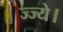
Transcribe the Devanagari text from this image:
ज्ज्ये।